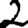
Digit: 2